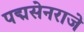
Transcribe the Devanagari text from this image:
पद्मसेनराजे